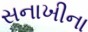
સનાખીના